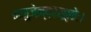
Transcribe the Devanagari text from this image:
मनुजेन्द्रसूनोः।